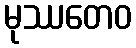
မုဿတေဝ